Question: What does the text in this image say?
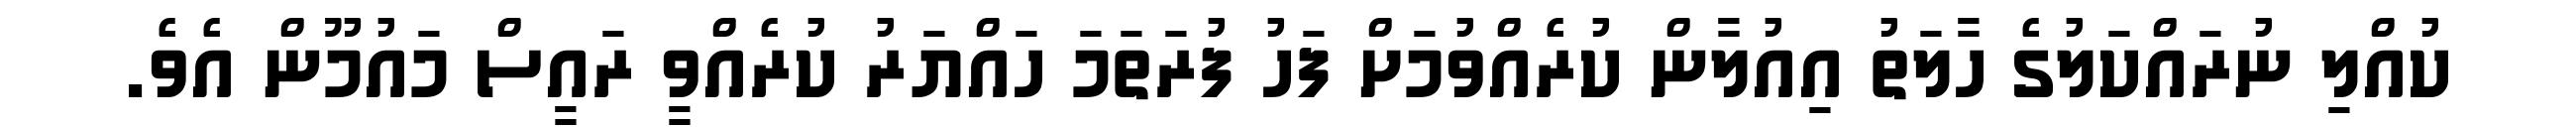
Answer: ކުއްލި ނުރައްކަލުގެ ހާލަތު އިއުލާން ކުރެއްވުމަށް ފަހު ފުރަތަމަ ހައްޔަރު ކުރެއްވީ ރައީސް މައުމޫން އެވެ.